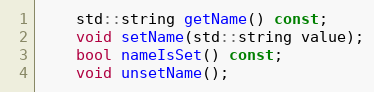
Language: C
    std::string getName() const;
    void setName(std::string value);
    bool nameIsSet() const;
    void unsetName();